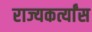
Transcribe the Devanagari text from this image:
राज्यकर्त्यांस